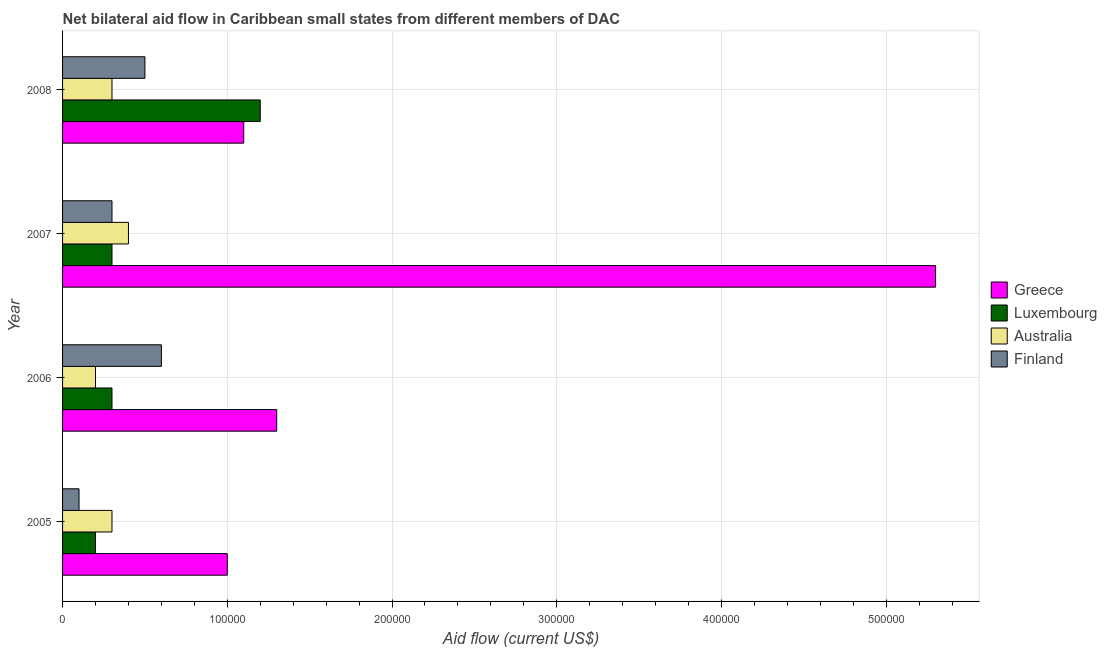
| Year | Greece | Luxembourg | Australia | Finland |
 | --- | --- | --- | --- | --- |
 | 2005 | 1e+05 | 2e+04 | 3e+04 | 1e+04 |
 | 2006 | 1.3e+05 | 3e+04 | 2e+04 | 6e+04 |
 | 2007 | 5.3e+05 | 3e+04 | 4e+04 | 3e+04 |
 | 2008 | 1.1e+05 | 1.2e+05 | 3e+04 | 5e+04 |